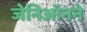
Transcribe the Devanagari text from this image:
जेनिऑनने